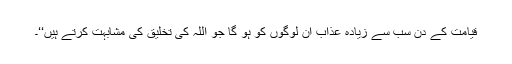
قیامت کے دن سب سے زیادہ عذاب ان لوگوں کو ہو گا جو اللہ کی تخلیق کی مشابہت کرتے ہیں‘‘۔